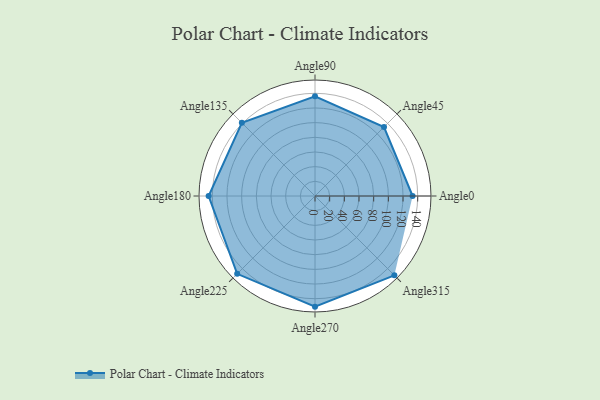
{"axis": {"x": "Angle", "y": "Radius"}, "legend": [""], "data": [{"x": "Angle0", "y": 133.0, "type": ""}, {"x": "Angle45", "y": 133.0, "type": ""}, {"x": "Angle90", "y": 136.0, "type": ""}, {"x": "Angle135", "y": 141.0, "type": ""}, {"x": "Angle180", "y": 145.0, "type": ""}, {"x": "Angle225", "y": 150.0, "type": ""}, {"x": "Angle270", "y": 151.0, "type": ""}, {"x": "Angle315", "y": 153.0, "type": ""}]}